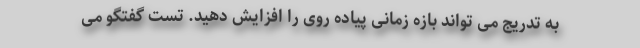
به تدریج می تواند بازه زمانی پیاده روی را افزایش دهید. تست گفتگو می